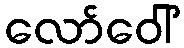
လော်ဝေါ်